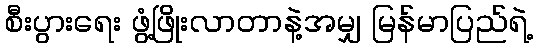
စီးပွားရေး ဖွံ့ဖြိုးလာတာနဲ့အမျှ မြန်မာပြည်ရဲ့